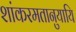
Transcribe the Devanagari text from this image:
शांकरमतानुयायि